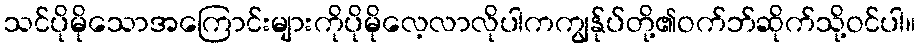
သင်ပိုမိုသောအကြောင်းများကိုပိုမိုလေ့လာလိုပါကကျွန်ုပ်တို့၏ဝက်ဘ်ဆိုက်သို့ဝင်ပါ။